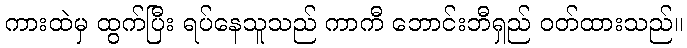
ကားထဲမှ ထွက်ပြီး ရပ်နေသူသည် ကာကီ ဘောင်းဘီရှည် ဝတ်ထားသည်။